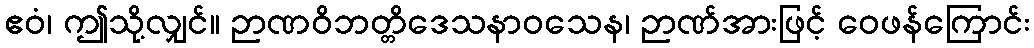
ဧဝံ၊ ဤသို့လျှင်။ ဉာဏဝိဘတ္တိဒေသနာဝသေန၊ ဉာဏ်အားဖြင့် ဝေဖန်ကြောင်း